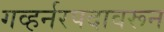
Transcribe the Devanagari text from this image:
गव्हर्नरपदावरून